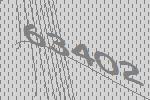
63402